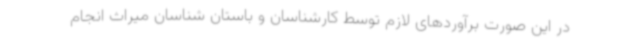
در این صورت برآوردهای لازم توسط کارشناسان و باستان شناسان میراث انجام